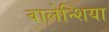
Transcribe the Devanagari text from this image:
वालेन्शिया